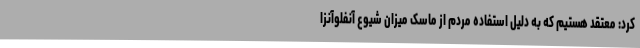
کرد: معتقد هستیم که به دلیل استفاده مردم از ماسک میزان شیوع آنفلوآنزا